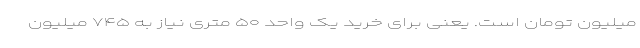
میلیون تومان است. یعنی برای خرید یک واحد ۵۰ متری نیاز به ۷۴۵ میلیون